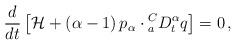
LaTeX: \begin{align*} \frac{d}{dt} \left[ {\cal H} +\left(\alpha-1\right) p_{\alpha} \cdot {_a^CD_t^{\alpha}} q \right]= 0 \, ,\end{align*}